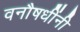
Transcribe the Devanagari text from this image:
वनौषधींनी